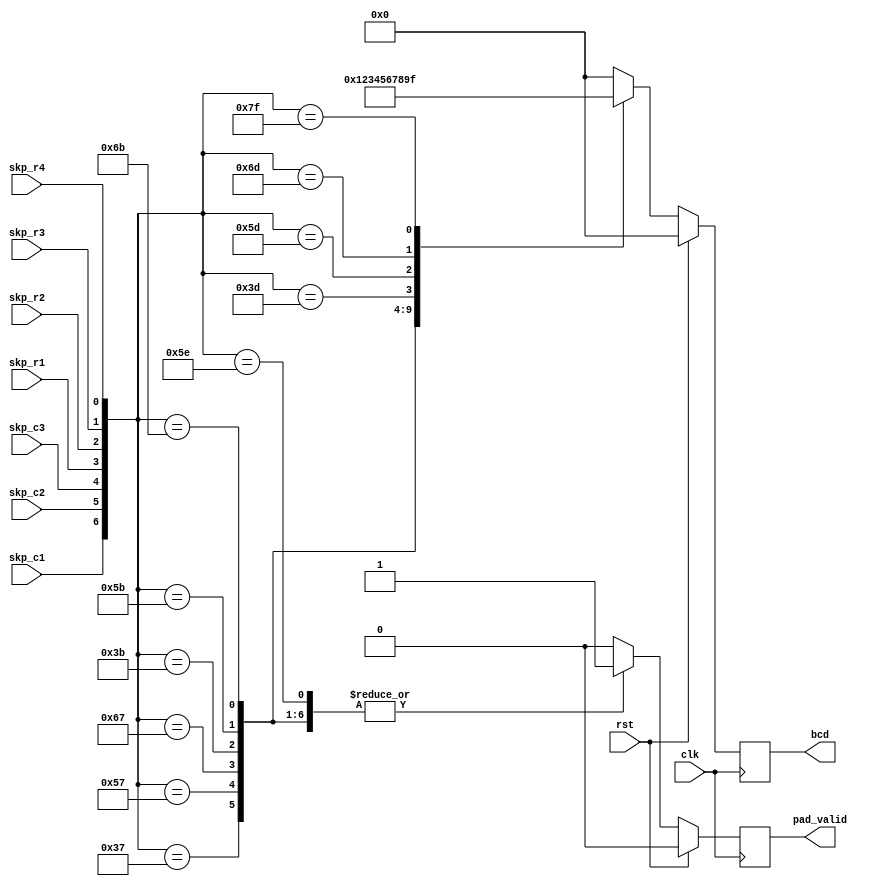
module pad_bcd (
    input               clk,
    input               rst,
    input               skp_c1, // small key pad input
    input               skp_c2, // small key pad input
    input               skp_c3, // small key pad input
    input               skp_r1, // small key pad input
    input               skp_r2, // small key pad input
    input               skp_r3, // small key pad input
    input               skp_r4, // small key pad input

    output  reg         pad_valid,
    output  reg [3:0]   bcd
);

    wire [6:0] pad = {skp_c1, skp_c2, skp_c3, skp_r1, skp_r2, skp_r3, skp_r4};

    always @(posedge clk) begin
        if(rst)
            bcd <= 4'b0000;
        else
        case(pad)
            7'b0110111: bcd <= 4'b0001;
            7'b1010111: bcd <= 4'b0010;
            7'b1100111: bcd <= 4'b0011;
            7'b0111011: bcd <= 4'b0100;
            7'b1011011: bcd <= 4'b0101;
            7'b1101011: bcd <= 4'b0110;
            7'b0111101: bcd <= 4'b0111;
            7'b1011101: bcd <= 4'b1000;
            7'b1101101: bcd <= 4'b1001;
            7'b1011110: bcd <= 4'b0000;
            7'b1111111: bcd <= 4'b1111;
            default: bcd <= 4'b0000;
        endcase
    end

    always @(posedge clk) begin
        if(rst)
            pad_valid <= 0;
        else
        case(pad)
            7'b0110111: pad_valid <= 1;
            7'b1010111: pad_valid <= 1;
            7'b1100111: pad_valid <= 1;
            7'b0111011: pad_valid <= 1;
            7'b1011011: pad_valid <= 1;
            7'b1101011: pad_valid <= 1;
            7'b0111101: pad_valid <= 1;
            7'b1011101: pad_valid <= 1;
            7'b1101101: pad_valid <= 1;
            7'b1011110: pad_valid <= 1;
            7'b1111111: pad_valid <= 0;
            default: pad_valid <= 0;
        endcase
    end

`ifdef __DEBUG
    always@(bcd)
        if(bcd == 4'b1110)
            $display("fatal error: wrong input!");
`endif

endmodule